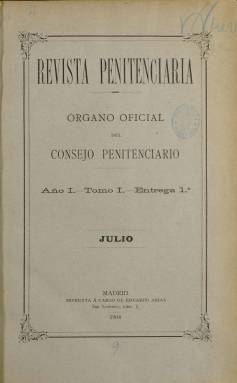
Título: Revista penitenciaria
Colección: Establecimientos penitenciarios
Ámbito geográfico: Madrid
Lugar de publicación: Madrid
Fechas: 01/01/1904-31/12/1908

Faltan casi todas las portadas y se ha optado por digitalizar cada volumen anual en un sólo PDF.

---

Aparece en julio de 1904, tras ser autorizada su publicación por el entonces ministro de Gracia y Justicia, el conservador Joaquín Sánchez de Toca (1852-1842), como “órgano oficial” del Consejo Penitenciario, para difundir en las corporaciones y organismos y en “la opinión general” las ideas, conocimientos e informaciones que contribuyeran a “fomentar y mantener el espíritu favorable al desarrollo de la reforma” en este campo jurídico, político y social, y ello desde un carácter científico, pero sin “ningún género de pretenciosos atributos”, tal como se indica en su artículo de presentación. Como órgano de difusión de las iniciativas del Consejo Penitenciario, al frente del mismo está una de las tres grandes figuras de las nacientes ciencias penales y criminalísticas españolas –las otras dos fueron Concepción Arenal (1820-1893) y Pedro Dorado Montero (1861-1919)– que en ese momento era el secretario general de dicho consejo, Rafael Salillas y Panzano (1854-1923), médico y destacado alentador de estos estudios y de la reforma y que, entre otras iniciativas y ocupación de cargos públicos, será también el primero director de la Escuela de Criminología, desde su fundación, en 1906, hasta su fallecimiento.

Cada entrega de la revista, que aparecerá en la primera decena de cada mes, consta de 64 páginas, compuestas a una columna, y con foliación continuada anual. Cada año formará un tomo, con un índice de sus contenidos, que serán estructurados en secciones, como la doctrinal, la dedicada al Consejo Penitenciario (creación y organización, nombramientos, sesiones o acuerdos), la de informaciones e iniciativas sociales (situación de los presos, actividad de los patronatos, cuestiones sociales del delito o del alcoholismo o la construcción de nuevas prisiones), a crónicas de asuntos científicos referidos a instituciones y leyes penales o a asuntos policiales (de carácter científico, práctico o profesionales), a crónicas de asuntos oficiales (sobre personal, inspección, estadísticas u obras) y otra sección a intereses corporativos. También difundirá pliegos con una Guía penitencia, una Guía penitenciaria internacional, o novelas “penitenciarias”, como es la titulada Jane Cameron. Su carácter internacional también quedará patente tanto en sus datos informativos, como crónicas y textos doctrinales.

Aunque Salillas fue también casi el único redactor de la revista, en esta participan con sus trabajos un amplio abanico de personalidades renombradas de la cultura española de la época, entre intelectuales, abogados, políticos, penalistas o criminólogos. Entre estos, junto al propio Salillas, los también penalistas Francisco Lastres y Juiz y José María Valdés Rubio, así como dirigentes gubernamentales como Francisco Silvela, Segismundo Moret, Eduardo Dato y José Canalejas, o el catedrático Gumersindo Azcárate, dirigente del Instituto del Instituto de Reformas Sociales y del Ateneo de Madrid. Otros colaboradores son Trinitario Ruiz Capdepón, Rafael M. de Labra, José María Manresa, Juan Catalina García, Juan Maluquer Viladot, Fermín Calbetón, José María Valdés Rubio, Federico Oloriz, Manuel de Tolosa Latour, José Urioste y Velada, Javier Ugarte, Eduardo Martínez del Campo, Jorge Loring, R. Villaverde o los marqueses de Vadillo y de la Vega de Almijo y el conde de Sain Simon. El propio Salillas usará también para firmar sus textos los seudónimos Cristóbal Cerdán de Sandoval o el de Mateo Tedesco, entre otros. Otros colaboradores son José Alijo Luque, Enrique Belled o el juez de menores Eugenio Cuello Calón.

La revista dirigida por Salillas coincidirá con la publicación de la Revista de prisiones, que venía dirigiendo desde prácticamente su fundación, en 1893, otra de las figuras representativas del derecho penitenciario español del primer tercio del siglo veinte: Fernando Cadalso Manzano (1859-1939), quien desde 1902 sería el inspector general de Prisiones, hasta que, durante la Dictadura de Primo de Rivera (1923), fue ministro de Gracia y Justicia. Mientras que la publicación de Cadalso tenía una orientación pragmática sobre la función y organización de estos establecimientos y un carácter corporativista, la de Salillas no sólo atendió a esas cuestiones, sino que se interesó por los valores y filosofía humanistas que debían abrigar a dichas instituciones. Tras publicar en febrero de 1908 su última entrega, Revista penitenciaria dejará de publicarse. Las razones de su cese se deben a la “desarticulación” por parte de Cadalso, que influyó en Ángel García Rendueles (1845-1913), tras su nombramiento, en 1907, como director general de Prisiones, de la revista y el pensamiento de Salillas, quien por su parte había publicado previamente un artículo –El año penitenciario 1907- como alegato a su activa intervención en la evolución de los asuntos y estudios penitenciarios de las últimas tres décadas.

La digitalización de la colección de este título, que carecen de las correspondientes portadas de sus entregas, excepto de las primeras anuales, la forman sus cinco volúmenes o tomos. Referencias bibliográficas para este y la cuestión penitenciaria protagonizada tanto por Salillas como Cadalso son los trabajos de Enrique Sanz Delgado, la tesis de Jorge Alberto Núñez o los de José Antón Oneca, entre otros.